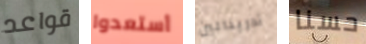
قواعد أستعدوا أدرينالين حسنا